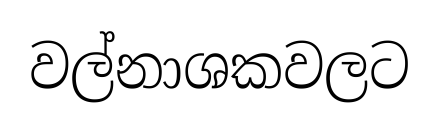
වල්නාශකවලට